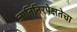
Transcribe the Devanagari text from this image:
जातिनिरपेक्षतेचा